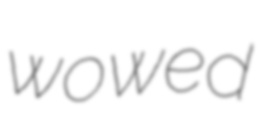
wowed